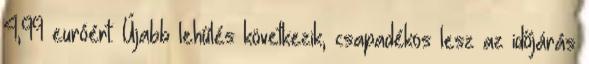
4,99 euróért. Újabb lehűlés következik, csapadékos lesz az időjárás